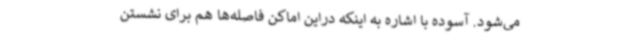
می‌شود. آسوده با اشاره به اینکه دراین اماکن فاصله‌ها هم برای نشستن